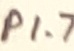
Text: P1.7